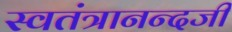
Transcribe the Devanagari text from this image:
स्वतंत्रानन्दजी